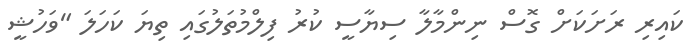
ކައިރި ރަށަކަށް ގޮސް ނިންމާލާ ސިޔާސީ ކުރު ފިލްމުތަލުގައި ތިޔަ ކަހަލަ "ވަހުޝީ